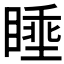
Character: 𪾶